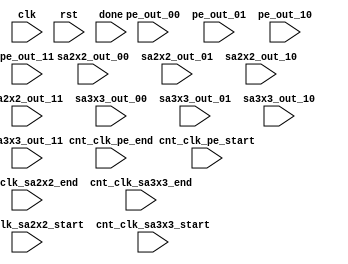
module lcd (
        clk, rst, done,
        pe_out_00, pe_out_01,
        pe_out_10, pe_out_11,
        sa2x2_out_00, sa2x2_out_01,
        sa2x2_out_10, sa2x2_out_11,
        sa3x3_out_00, sa3x3_out_01,
        sa3x3_out_10, sa3x3_out_11,
        cnt_clk_pe_start, cnt_clk_pe_end,
        cnt_clk_sa2x2_start, cnt_clk_sa2x2_end,
        cnt_clk_sa3x3_start, cnt_clk_sa3x3_end
    );

    input wire clk, rst, done;
    input wire[7:0]
          pe_out_00, pe_out_01,
          pe_out_10, pe_out_11,
          sa2x2_out_00, sa2x2_out_01,
          sa2x2_out_10, sa2x2_out_11,
          sa3x3_out_00, sa3x3_out_01,
          sa3x3_out_10, sa3x3_out_11;
    input wire[31:0]
          cnt_clk_pe_start, cnt_clk_pe_end,
          cnt_clk_sa2x2_start, cnt_clk_sa2x2_end,
          cnt_clk_sa3x3_start, cnt_clk_sa3x3_end;
    reg display_out, display_done;
    initial begin
        display_out <= 1'b0;
        display_done <= 1'b0;
    end
    always @ (clk) begin
        if (!display_out) begin
            if (done) begin
                display_out <= 1'b1;
            end
        end
    end

    always @ (display_out) begin
        if (!display_done && display_out) begin

            display_done = 1'b1;
            $display("\ncur clock: %t", $time);
            $display("<OUTPUT (SINGLE PE)>");
            $display("Speedup: %d%%", (32'd100*(cnt_clk_pe_end-cnt_clk_pe_start))/(cnt_clk_pe_end-cnt_clk_pe_start));
            $display("c_{1,1}: %d", pe_out_00);
            $display("c_{1,2}: %d", pe_out_01);
            $display("c_{2,1}: %d", pe_out_10);
            $display("c_{2,2}: %d", pe_out_11);

            $display("\n<OUTPUT (3x3 SYSTOLIC ARRRAY)>");
            $display("Speedup: %d%%", (32'd100*(cnt_clk_pe_end-cnt_clk_pe_start))/(cnt_clk_sa3x3_end-cnt_clk_sa3x3_start));
            $display("c_{1,1}: %d", sa3x3_out_00);
            $display("c_{1,2}: %d", sa3x3_out_01);
            $display("c_{2,1}: %d", sa3x3_out_10);
            $display("c_{2,2}: %d", sa3x3_out_11);

            $display("\n<OUTPUT (2x2 SYSTOLIC ARRRAY)>");
            $display("Speedup: %d%%", (32'd100*(cnt_clk_pe_end-cnt_clk_pe_start))/(cnt_clk_sa2x2_end-cnt_clk_sa2x2_start));
            $display("c_{1,1}: %d", sa2x2_out_00);
            $display("c_{1,2}: %d", sa2x2_out_01);
            $display("c_{2,1}: %d", sa2x2_out_10);
            $display("c_{2,2}: %d", sa2x2_out_11);
        end
    end

endmodule